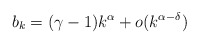
\begin{align*}b_k=(\gamma-1) k^\alpha +o(k^{\alpha-\delta})\end{align*}